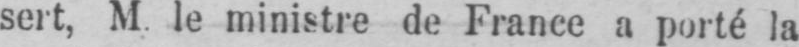
sert, M. le ministre de France a porté la